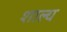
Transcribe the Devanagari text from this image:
शाल्य